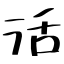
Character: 活